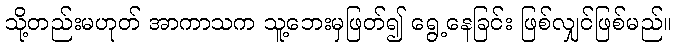
သို့တည်းမဟုတ် အာကာသက သူ့ဘေးမှဖြတ်၍ ရွေ့နေခြင်း ဖြစ်လျှင်ဖြစ်မည်။